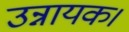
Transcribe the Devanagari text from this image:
उन्नायक।